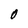
Character: O